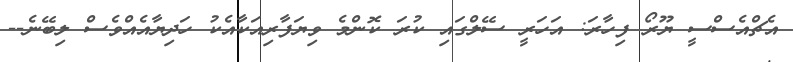
އެޗްއެސްސީ ޔޫރޯ ފިހާރަ: އަހަރީ ސޭލްގައި ކުރަ ކޮންމެ ވިޔަފާރިއަކާއެކު ހަދިޔާއެއްވެސް ލިބޭނެ--